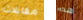
مقابلات هذه